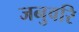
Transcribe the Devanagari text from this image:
जनुवरि